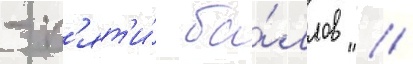
- п'ят'и́ ба́ллов //